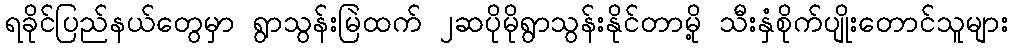
ရခိုင်ပြည်နယ်တွေမှာ ရွာသွန်းမြဲထက် ၂ဆပိုမိုရွာသွန်းနိုင်တာမို့ သီးနှံစိုက်ပျိုးတောင်သူများ